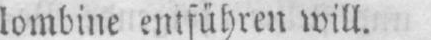
lombine entführen will.